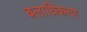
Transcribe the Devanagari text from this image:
बलाधिकरण